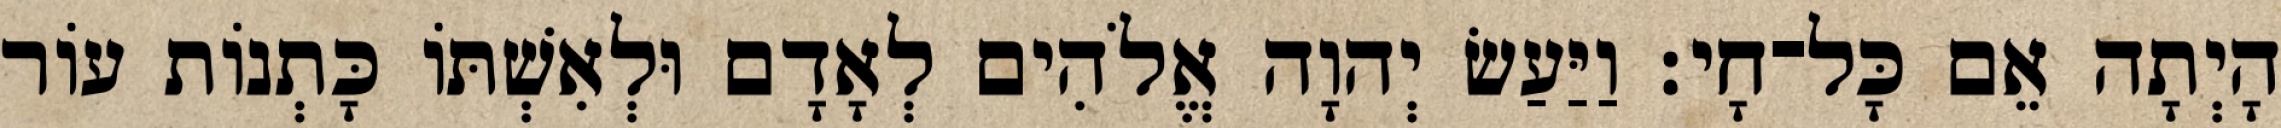
הָיְתָה אֵם כָּל־חָי׃ וַיַּעַשׂ יְהוָה אֱלֹהִים לְאָדָם וּלְאִשְׁתֹּו כָּתְנֹות עֹור